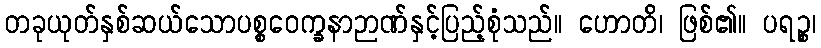
တခုယုတ်နှစ်ဆယ်သောပစ္စဝေက္ခနာဉာဏ်နှင့်ပြည့်စုံသည်။ ဟောတိ၊ ဖြစ်၏။ ပရဉ္စ၊